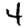
Digit: 4